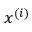
x ^ { ( i ) }